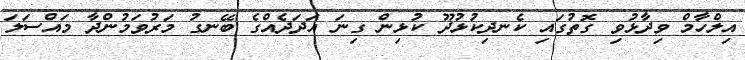
އިލްހާމް ވިދާޅުވި ގޮތުގައި ކެނދިކުޅުދޫ ކުޅިން ގިނަ އަދަދެއްގެ ބޭނގު މަރުވަމުންދާ މައްސަލަ